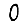
Digit: 0